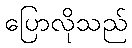
ပြောလိုသည်